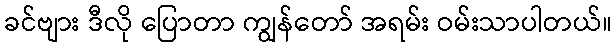
ခင်ဗျား ဒီလို ပြောတာ ကျွန်တော် အရမ်း ဝမ်းသာပါတယ်။